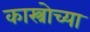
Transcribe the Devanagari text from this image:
कास्त्रोच्या